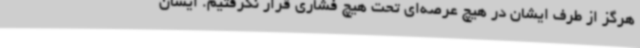
هرگز از طرف ایشان در هیچ عرصه‌ای تحت هیچ فشاری قرار نگرفتیم. ایشان